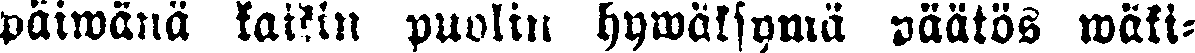
päiwänä kaikin puolin hywäksymä päätös wäki-